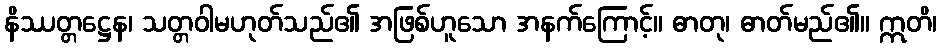
နိဿတ္တဋ္ဌေန၊ သတ္တဝါမဟုတ်သည်၏ အဖြစ်ဟူသော အနက်ကြောင့်။ ဓာတု၊ ဓာတ်မည်၏။ ဣတိ၊